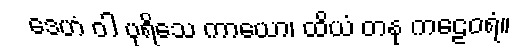
ဒေဟံ ဝါ ပုရိသေ ကာယော၊ ထိယံ တနု ကဠေဝရံ။